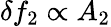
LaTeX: \delta f_{2}\propto A_{2}